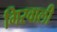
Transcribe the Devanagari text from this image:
गिरवाली